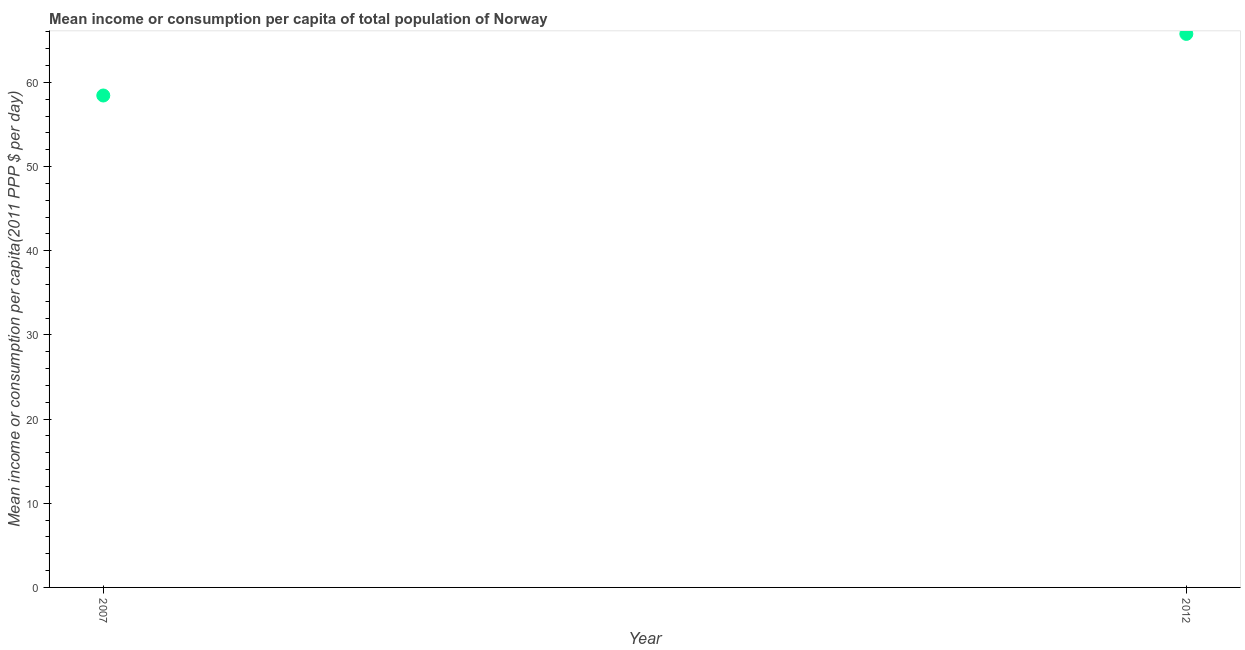
| Year | Total population |
 | --- | --- |
 | 2007 | 58.4 |
 | 2012 | 65.8 |